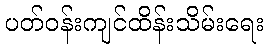
ပတ်ဝန်းကျင်ထိန်းသိမ်းရေး